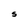
Character: S